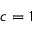
c = 1